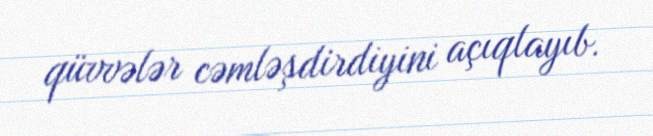
qüvvələr cəmləşdirdiyini açıqlayıb.